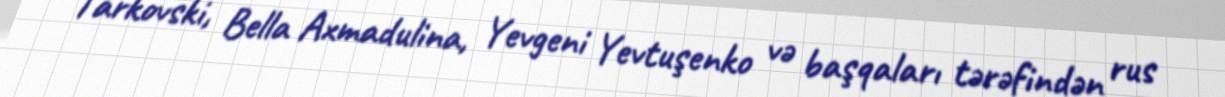
Tarkovski, Bella Axmadulina, Yevgeni Yevtuşenko və başqaları tərəfindən rus